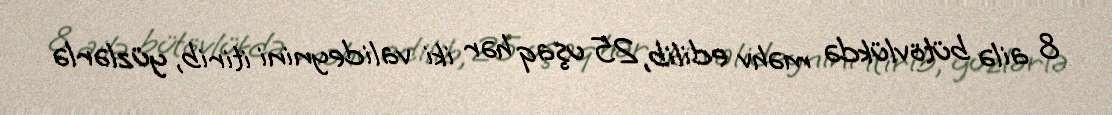
8 ailə bütövlükdə məhv edilib, 25 uşaq hər iki valideynini itirib, yüzlərlə